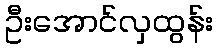
ဦးအောင်လှထွန်း